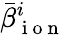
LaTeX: \bar{\beta}_{\mathrm{~i~o~n~}}^{i}